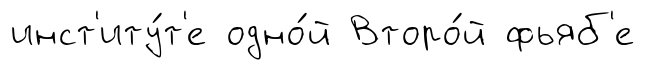
инст'иту́т'е одно́й Второ́й фьяб'е